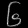
Digit: ၆